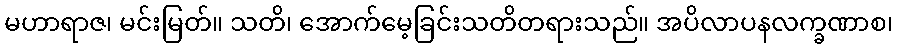
မဟာရာဇ၊ မင်းမြတ်။ သတိ၊ အောက်မေ့ခြင်းသတိတရားသည်။ အပိလာပနလက္ခဏာစ၊